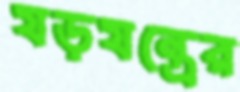
যড়যন্ত্রের